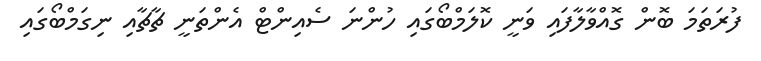
ފުރަތަމަ ބޮން ގޮއްވާލާފައި ވަނީ ކޮލަމްބޯގައި ހުންނަ ސެއިންޓް އެންތަނީ ޗާޗާއި ނިގަމްބޯގައި